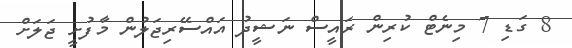
8 ގަޑި 7 މިނެޓް ކުރިން ރައީސް ނަޝީދު އައްސޭރިޖަލުން މާފުށީ ޖަލަށް